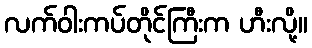
လက်ဝါးကပ်တိုင်ကြီးက ဟီးလို့။